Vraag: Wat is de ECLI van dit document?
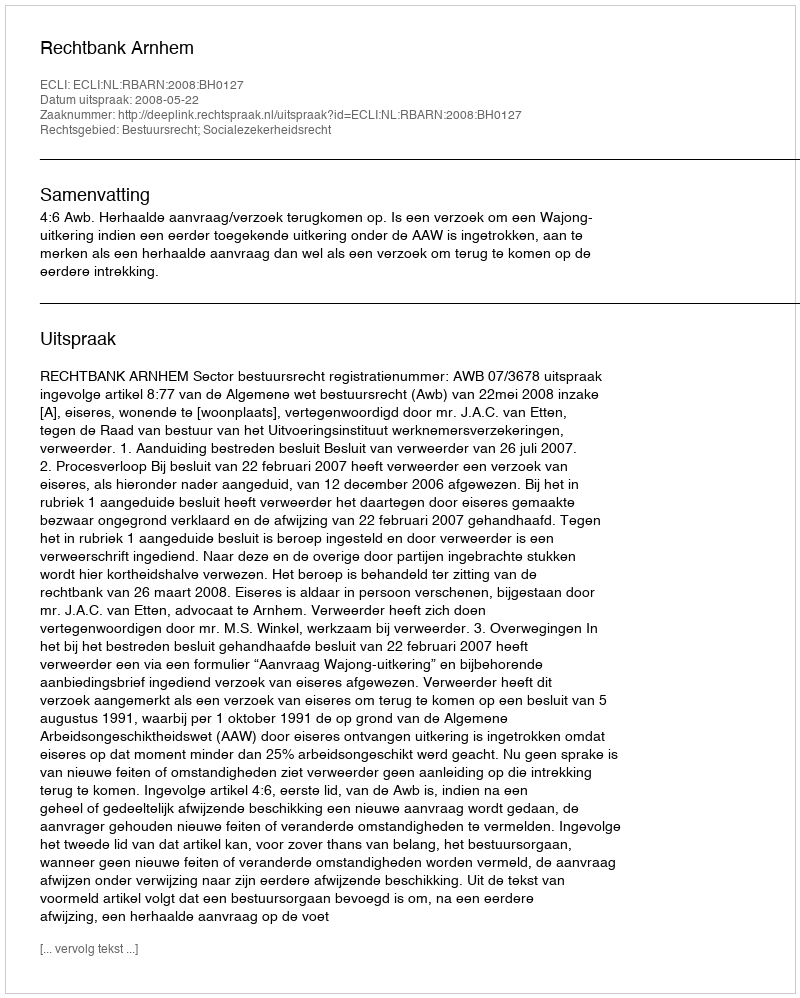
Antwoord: ECLI:NL:RBARN:2008:BH0127